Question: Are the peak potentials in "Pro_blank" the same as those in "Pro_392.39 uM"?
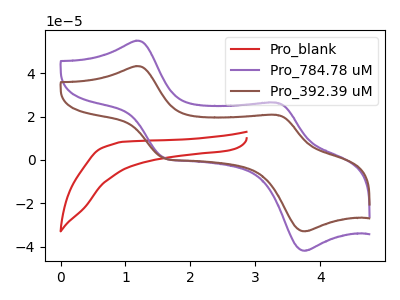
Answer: <think>The red curve "Pro_blank" has no peaks. The purple curve "Pro_784.78 uM" has anodic peaks at (1.15V, 55.00uA) (3.35V, 26.40uA) and cathodic peaks at (1.60V, 0.90uA) (3.75V, -41.90uA). The brown curve "Pro_392.39 uM" has anodic peaks at (1.15V, 43.25uA) (3.35V, 20.75uA) and cathodic peaks at (1.60V, 0.70uA) (3.75V, -32.95uA).</think>
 <answer>No, "Pro_blank" and "Pro_392.39 uM" have a different number of peaks.</answer>
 <eval>different_amount</eval>